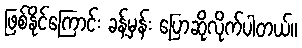
ဖြစ်နိုင်ကြောင်း ခန့်မှန်း ပြောဆိုလိုက်ပါတယ်။